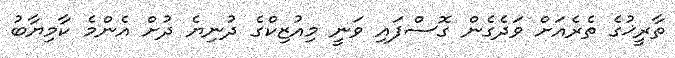
ތާރީޚުގެ ތެރެއަށް ވަދެގެން ގޮސްފައި ވަނީ މިއުޒިކްގެ ދުނިޔެ ދުށް އެންމެ ކާމިޔާބު